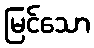
မြင်သော